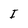
Character: I